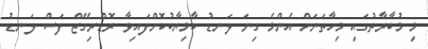
މި މުބާރާތުގައި މިހާތަނަށް އެންމެ ގިނަ ލަނޑު ކާމިޔާބުކޮށްފައިވާ ރޮޑްރިގޭޒް ފަސް ލަނޑު